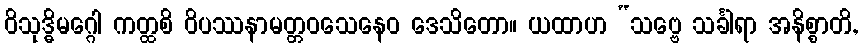
ဝိသုဒ္ဓိမဂ္ဂေါ ကတ္ထစိ ဝိပဿနာမတ္တဝသေနေဝ ဒေသိတော။ ယထာဟ “သဗ္ဗေ သင်္ခါရာ အနိစ္စာတိ,